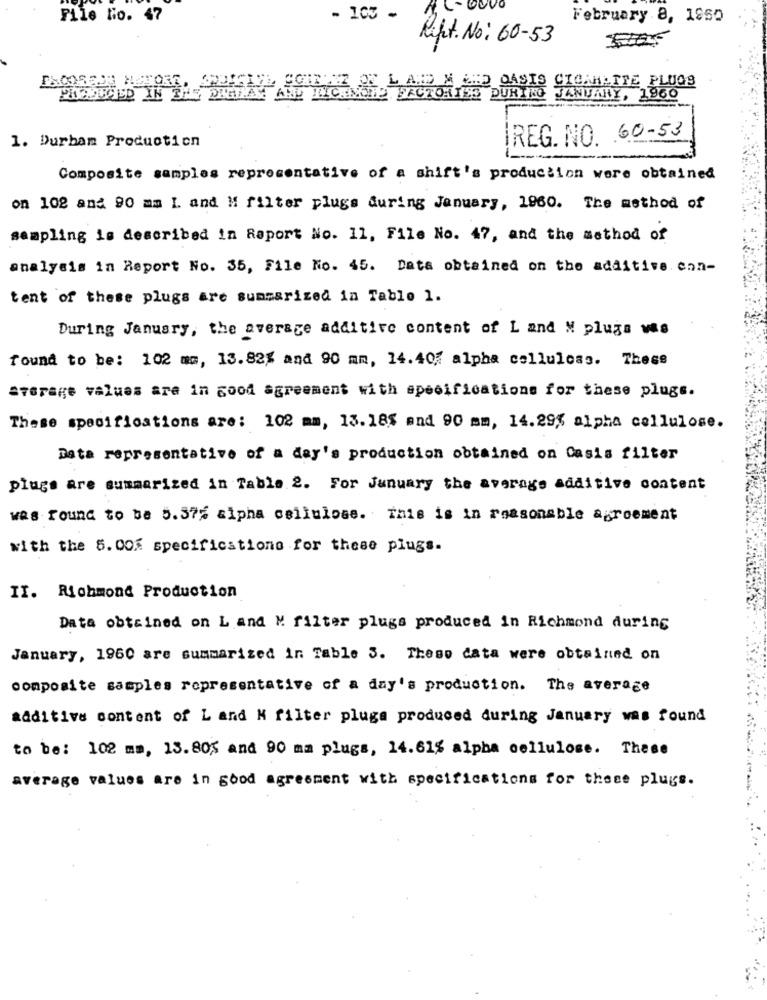
File No. 47
- 105 -
February 8, 1850
Rifit. No: 60-53
BAZ JE.LAD M LID OASIS CICAHATTE PLUGS
AMD MICHMORE FACTORIES DURING JANUARY, 1960
1. Durban Production
IREG. NO. 60-53
Composite samples representative of a shift's production were obtained
on 102 and 90 mm L and M filter plugs during January, 1960. The method of
sampling is described in Raport No. 11, File No. 47, and the method of
analysis in Report No. 35, File No. 45. Data obtained on the additive con-
tent of these plugs are summarized in Table 1.
During January, the average additive content of L and M plugs vas
found to be: 102 mm, 13.82% and 90 mm, 14.40; alpha celluloas. These
Storage values are in good agreement with specifications for these plugs.
These specifications are: 102 mm, 13.18$ and 90 mm, 14.29% alpha cellulose.
Data representative of a day's production obtained on Casis filter
plugs are summarized in Table 2. For January the average additive content
was Found to be 5.37% alpha cellulose. This is in reasonable agreement
with the 5.00% specifications for these plugs.
II. Richmond Production
Data obtained on L and M filter plugs produced in Richmond during
January, 1960 are summarized in Table 3. Theso cata were obtained on
composite samples representative of a day's production. The average
additive content of Land H filter pluga produced during January was found
to be: 102 mm, 13.80$ and 90 ma plugs, 14.61% alpha cellulose. These
average values are in good agreement with specifications for these plugs.